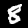
Digit: 8